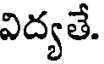
విద్యతే.